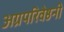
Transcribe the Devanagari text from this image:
अग्रपरिवेष्ठनी